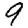
Digit: 9